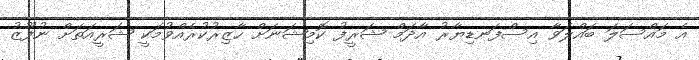
އެ މައްސަލަ ބައްލަވާ އިސްފަނޑިޔާރު އާދަމް ޝަރީފު ކޮމިޝަނަށް ހާޒިރުކުރެއްވުމަކީ ޝަރީއަތަށް ނުފޫޒު